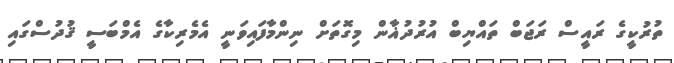
ތުރުކީގެ ރައީސް ރަޖަބް ތައްޔިބް އުރުދުޣާން މިގޮތަށް ނިންމާފައިވަނީ އެމެރިކާގެ އެމްބަސީ ޤުދުސްގައި